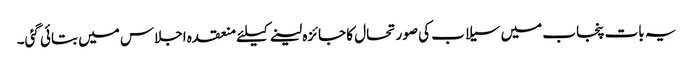
یہ بات پنجاب میں سیلاب کی صورتحال کا جائزہ لینے کیلئے منعقدہ اجلاس میں بتائی گئی۔